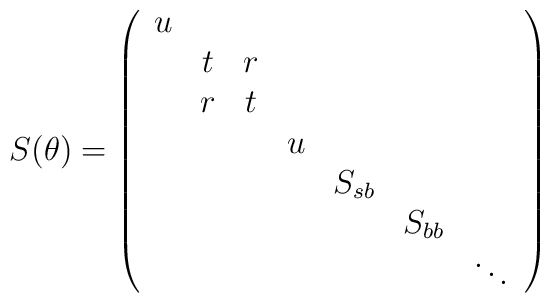
S(\theta )=\left( \begin{array}{ccccccc}u &  &  &  &  &  &  \\ & t & r &  &  &  &  \\ & r & t &  &  &  &  \\ &  &  & u &  &  &  \\ &  &  &  & S_{sb} &  &  \\ &  &  &  &  & S_{bb} &  \\ &  &  &  &  &  & \ddots\end{array}\right)